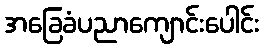
အခြေခံပညာကျောင်းပေါင်း